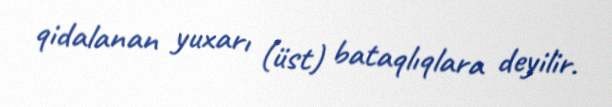
qidalanan yuxarı (üst) bataqlıqlara deyilir.